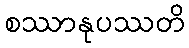
စဿာနုပဿတိ